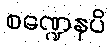
စဏ္ဍေနပိ